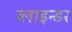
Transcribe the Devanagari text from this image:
ब्लाइन्डर